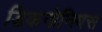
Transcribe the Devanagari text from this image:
डिकनोनियस